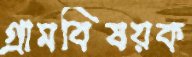
গ্রামবিষয়ক